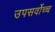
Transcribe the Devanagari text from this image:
उपसर्वोच्च